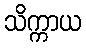
သိက္ကာယ